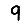
Digit: 9